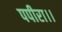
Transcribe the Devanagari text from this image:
पपीरा।।